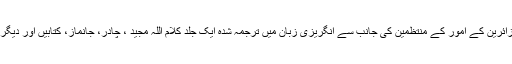
آخر میں آستان مقدس رضوی کے غیرملکی زائرین کے امور کے منتظمین کی جانب سے انگریزی زبان میں ترجمہ شدہ ایک جلد کلام اللہ مجید ، چادر، جانماز، کتابیں اور دیگر تحائف اس نومسلم خاتون کو پیش کئے گئے۔